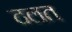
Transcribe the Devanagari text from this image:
दलत